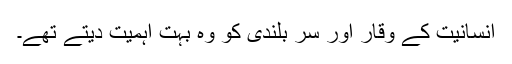
انسانیت کے وقار اور سر بلندی کو وہ بہت اہمیت دیتے تھے۔